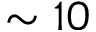
\sim 1 0